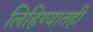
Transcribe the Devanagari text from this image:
लिहिण्यातही